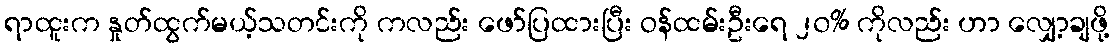
ရာထူးက နှုတ်ထွက်မယ့်သတင်းကို ကလည်း ဖော်ပြထားပြီး ဝန်ထမ်းဦးရေ ၂၀% ကိုလည်း ဟာ လျှော့ချဖို့